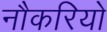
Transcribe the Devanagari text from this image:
नौकरियो